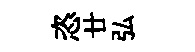
恣廿弘